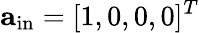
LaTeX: \mathbf{a}_{\mathrm{in}}=[1,0,0,0]^{T}